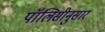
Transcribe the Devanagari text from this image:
पॉलिसीनुसार